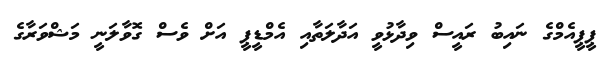
ޕީޕީއެމްގެ ނައިބު ރައީސް ވިދާޅުވީ އަދާލަތާއި އެމްޑީީޕީ އަށް ވެސް ގޮވާލަނީ މަޝްވަރާގެ